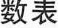
数表